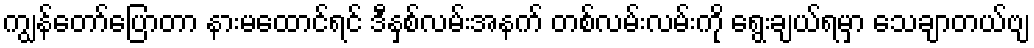
ကျွန်တော်ပြောတာ နားမထောင်ရင် ဒီနှစ်လမ်းအနက် တစ်လမ်းလမ်းကို ရွေးချယ်ရမှာ သေချာတယ်ဗျ